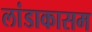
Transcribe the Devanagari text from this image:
लांडाकासम